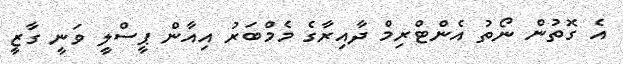
އެ ގޮތުން ނޯތު އެންޓްރިމް ދާއިރާގެ މެމްބަރު އިއާން ޕީސްލީ ވަނީ ގާޒީ